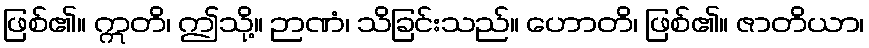
ဖြစ်၏။ ဣတိ၊ ဤသို့။ ဉာဏံ၊ သိခြင်းသည်။ ဟောတိ၊ ဖြစ်၏။ ဇာတိယာ၊